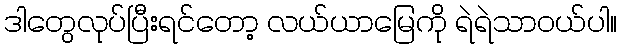
ဒါတွေလုပ်ပြီးရင်တော့ လယ်ယာမြေကို ရဲရဲသာဝယ်ပါ။